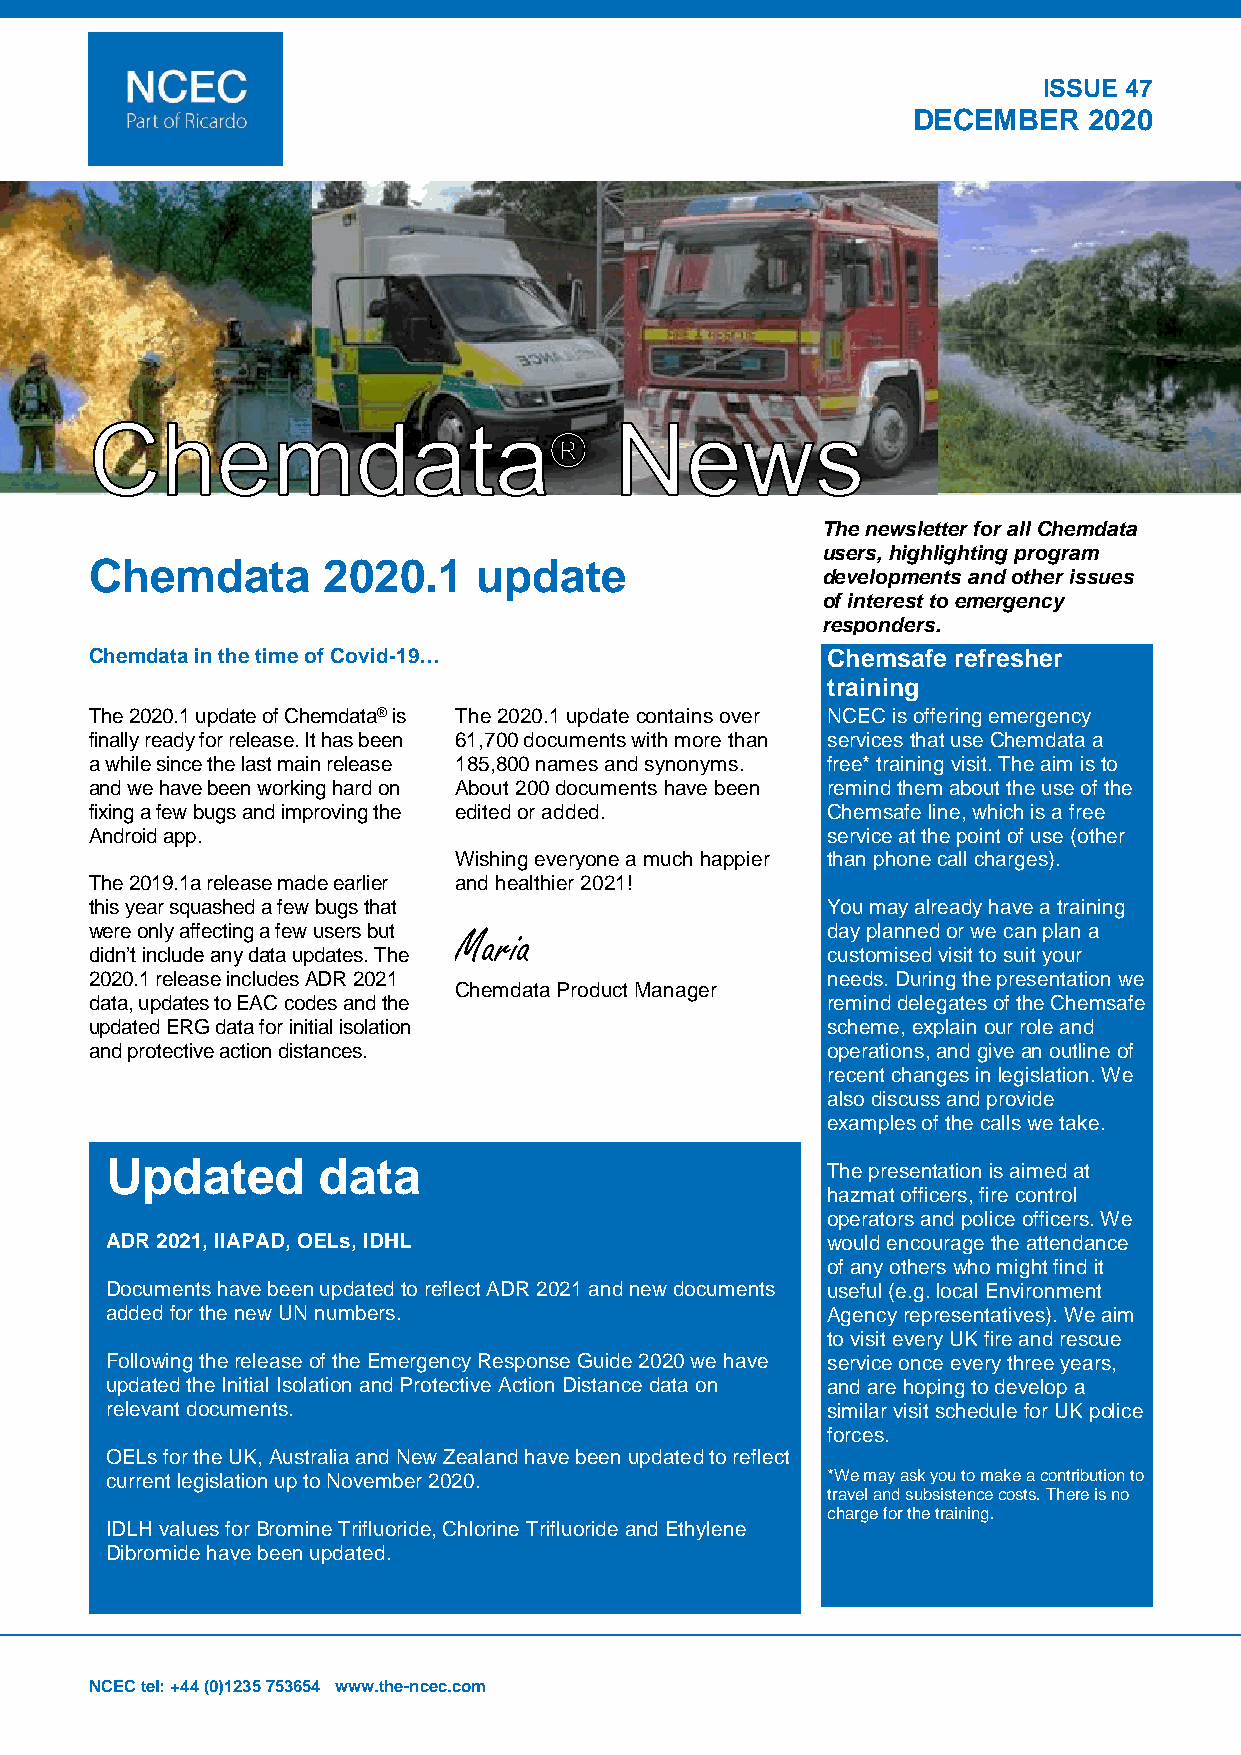
ISSUE 47
 DECEMBER    2020
 The newsletter for all Chemdata
 users, highlighting program
 Chemdata       2020.1     update
 developments and other issues
 of interest to emergency
 responders.
 Chemdata in the time of Covid-19…                Chemsafe refresher
 training
 The 2020.1 update of Chemdata® is The 2020.1 update contains over NCEC is offering emergency
 finally ready for release. It has been 61,700 documents with more than services that use Chemdata a
 a while since the last main release 185,800 names and synonyms. free* training visit. The aim is to
 and we have been working hard on About 200 documents have been remind them about the use of the
 fixing a few bugs and improving the edited or added. Chemsafe line, which is a free
 Android app.                                     service at the point of use (other
 Wishing everyone a much happier than phone call charges).
 The 2019.1a release made earlier and healthier 2021!
 this year squashed a few bugs that               You may already have a training
 were only affecting a few users but Maria        day planned or we can plan a
 didn’t include any data updates. The             customised visit to suit your
 2020.1 release includes ADR 2021                 needs. During the presentation we
 Chemdata Product Manager
 data, updates to EAC codes and the               remind delegates of the Chemsafe
 updated ERG data for initial isolation           scheme, explain our role and
 and protective action distances.                 operations, and give an outline of
 recent changes in legislation. We
 also discuss and provide
 examples of the calls we take.
 Updated       data
 The presentation is aimed at
 hazmat officers, fire control
 operators and police officers. We
 ADR 2021, IIAPAD, OELs, IDHL                    would encourage the attendance
 of any others who might find it
 Documents have been updated to reflect ADR 2021 and new documents useful (e.g. local Environment
 added for the new UN numbers.                   Agency representatives). We aim
 to visit every UK fire and rescue
 Following the release of the Emergency Response Guide 2020 we have service once every three years,
 updated the Initial Isolation and Protective Action Distance data on and are hoping to develop a
 relevant documents.                             similar visit schedule for UK police
 forces.
 OELs for the UK, Australia and New Zealand have been updated to reflect
 current legislation up to November 2020.        *We may ask you to make a contribution to
 travel and subsistence costs. There is no
 charge for the training.
 IDLH values for Bromine Trifluoride, Chlorine Trifluoride and Ethylene
 Dibromide have been updated.
 NCEC tel: +44 (0)1235 753654 www.the-ncec.com